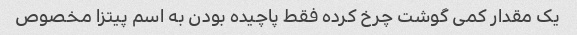
یک مقدار کمی گوشت چرخ کرده فقط پاچیده بودن به اسم پیتزا مخصوص